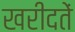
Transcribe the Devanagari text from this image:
खरीदतें